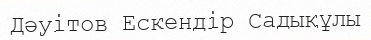
Дәуітов Ескендір Садықұлы